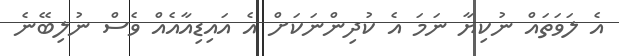
އެ ލަވަތައް ނުކިޔާ ނަމަ އެ ކުދިންނަކަށް އެ އައިޑިއާއެއް ވެސް ނުލިބޭނެ